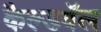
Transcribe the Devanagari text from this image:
कैल्डवॅल